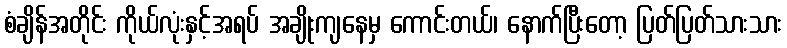
စံချိန်အတိုင်း ကိုယ်လုံးနှင့်အရပ် အချိုးကျနေမှ ကောင်းတယ်၊ နောက်ပြီးတော့ ပြတ်ပြတ်သားသား